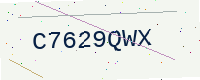
Text: C7629QWX